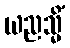
ယညသ္မိံ